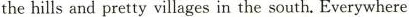
the hills and pretty villages in the south. Everywhere